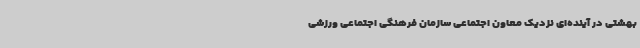
بهشتی در آینده‌ای نزدیک معاون اجتماعی سازمان فرهنگی اجتماعی ورزشی